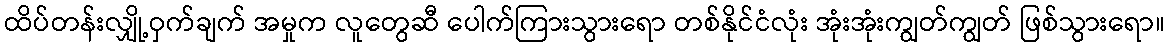
ထိပ်တန်းလျှို့ဝှက်ချက် အမှုက လူတွေဆီ ပေါက်ကြားသွားရော တစ်နိုင်ငံလုံး အုံးအုံးကျွတ်ကျွတ် ဖြစ်သွားရော။